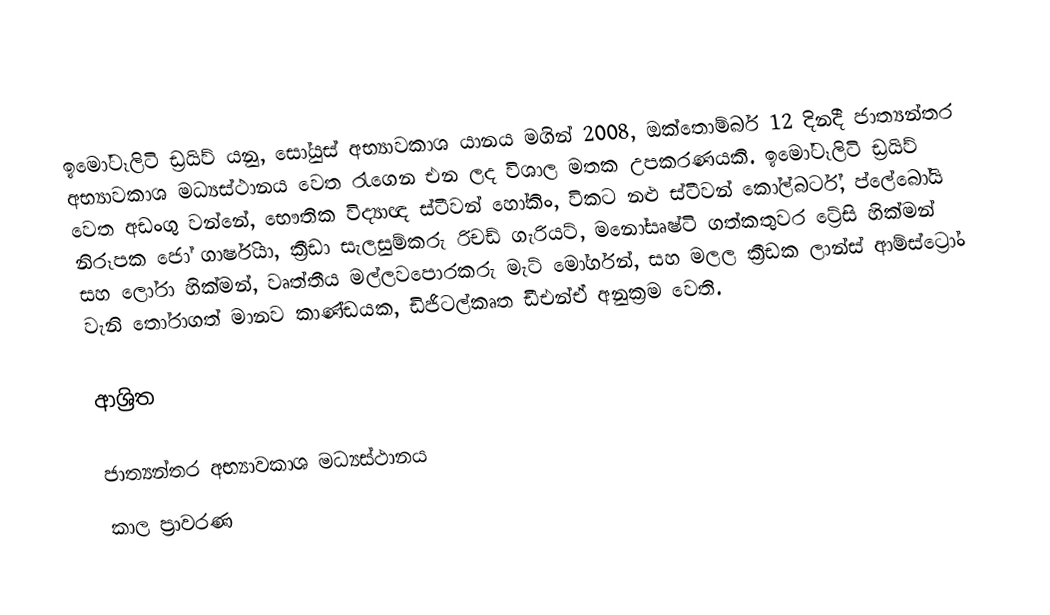
ඉමෝටෑලිටි ඩ්‍රයිව් යනු,  සෝයුස් අභ්‍යාවකාශ යානය මගින් 2008, ඔක්තොම්බර් 12  දිනදී ජාත්‍යන්තර අභ්‍යාවකාශ මධ්‍යස්ථානය වෙත රැගෙන එන ලද විශාල මතක උපකරණයකි. ඉමෝටෑලිටි ඩ්‍රයිව් වෙත අඩංගු වන්නේ,  භෞතික විද්‍යාඥ ස්ටීවන් හෝකිං, විකට නළු ස්ටීවන් කෝල්බර්ට්, ප්ලේබෝයි නිරූපක ජෝ ගාර්ෂියා, ක්‍රීඩා සැලසුම්කරු රිචඩ් ගැරියට්, මනෝසෘෂ්ටි  ගත්කතුවර ට්‍රේසි  හික්මන් සහ  ලෝරා හික්මන්, වෘත්තීය මල්ලවපොරකරු මැට් මෝර්ගන්, සහ  මලල ක්‍රීඩක ලාන්ස් ආම්ස්ට්‍රෝං වැනි තෝරාගත් මානව කාණ්ඩයක,  ඩිජිටල්කෘත  ඩීඑන්ඒ අනුක්‍රම වෙති.

ආශ්‍රිත

ජාත්‍යන්තර අභ්‍යාවකාශ මධ්‍යස්ථානය
කාල ප්‍රාවරණ